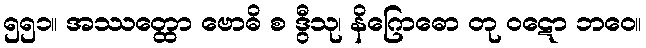
၅၅၁။ အဿတ္ထော ဗောဓိ စ ဒွီသု၊ နိဂြောဓော တု ဝဋော ဘဝေ။